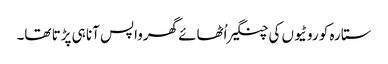
ستارہ کو روٹیوں کی چنگیر اُٹھائے گھرواپس آنا ہی پڑتا تھا۔